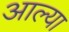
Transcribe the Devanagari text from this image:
अाल्या